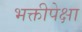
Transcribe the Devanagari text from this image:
भक्तीपेक्षा